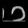
Digit: ၁